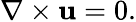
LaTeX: \nabla\times\mathbf{u}=0.